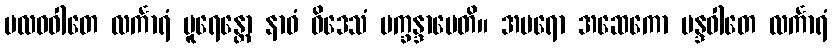
ဗလဝဝါတေ လင်္ကာရံ ပူရေန္တော နာဝံ ဝိဒေသံ ပက္ခန္ဒာပေတိ။ အပရော အဆေကော မန္ဒဝါတေ လင်္ကာရံ